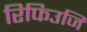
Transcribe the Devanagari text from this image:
रिफिउजि